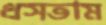
ধসতাম